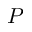
P